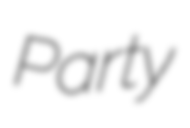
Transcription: Party